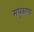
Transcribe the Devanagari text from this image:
मधुकाण्ड